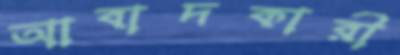
আবাদকারী